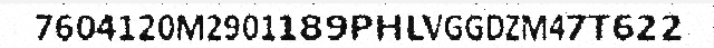
7604120M2901189PHLVGGDZM47T622